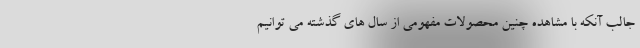
جالب آنکه با مشاهده چنین محصولات مفهومی از سال های گذشته می توانیم